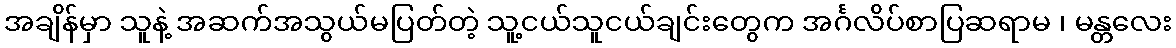
အချိန်မှာ သူနဲ့ အဆက်အသွယ်မပြတ်တဲ့ သူ့ငယ်သူငယ်ချင်းတွေက အင်္ဂလိပ်စာပြဆရာမ ၊ မန္တလေး